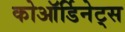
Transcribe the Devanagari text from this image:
कोऑर्डिनेट्स